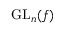
{ \mathrm { G L } } _ { n } ( f )